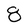
Character: 8